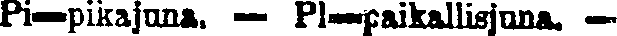
Pi—pikajuna. — Pl—paikallisjuna. —